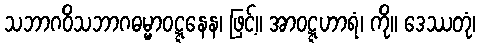
သဘာဂဝိသဘာဂဓမ္မာဝဋ္ဋနေန၊ ဖြင့်။ အာဝဋ္ဋဟာရံ၊ ကို။ ဒေဿတုံ၊